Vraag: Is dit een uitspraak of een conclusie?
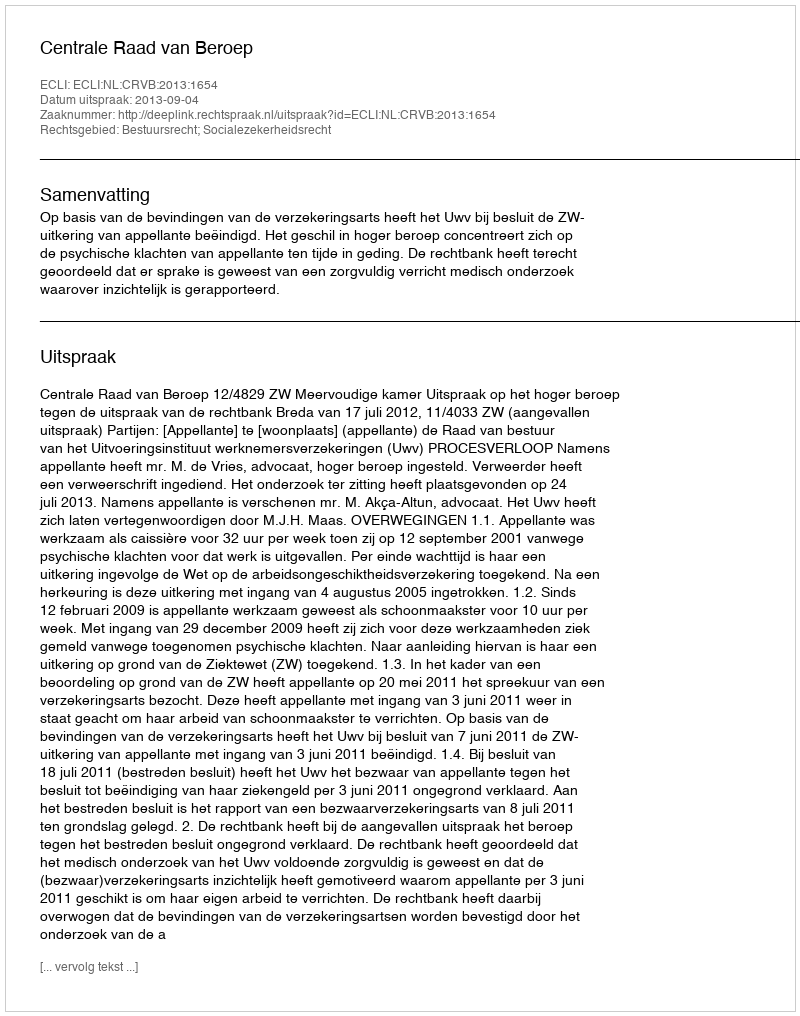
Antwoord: Uitspraak